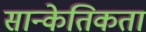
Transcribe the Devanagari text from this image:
सान्केतिकता